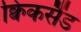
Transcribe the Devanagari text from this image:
क्विकसैंड